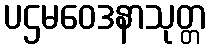
ပဌမဝေဒနာသုတ္တ